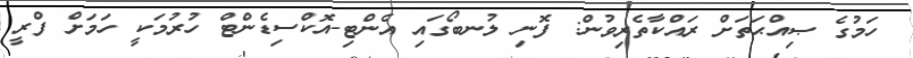
ހަމުގެ ޞިއްޙަތަށް ރައްކާތެރިވުން: ފޮނި ލުނބޯގައި އެންޓި-އޮކްސިޑެންޓް ހުރުމަކީ ހަމަށް ފްރީ